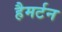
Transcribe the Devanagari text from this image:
हैमर्टन